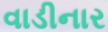
વાડીનાર